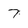
Character: 7